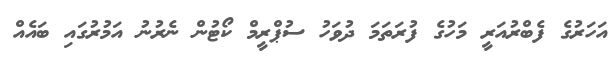
އަހަރުގެ ފެބްރުއަރީ މަހުގެ ފުރަތަމަ ދުވަހު ސުޕްރީމް ކޯޓުން ނެރުނު އަމުރުގައި ބައެއް